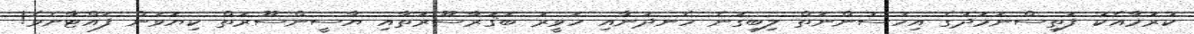
ކުރުމާއެކު ފަތިސްނަމަދުގެ އިހުސުންނަތް ލިބިގަނެ ހެނދުނާއި ހަވީރު ބަޤަރާސޫރަތާއި ޔާސީންސޫރަތް ކިޔަވަން ފައްޓާށެވެ!